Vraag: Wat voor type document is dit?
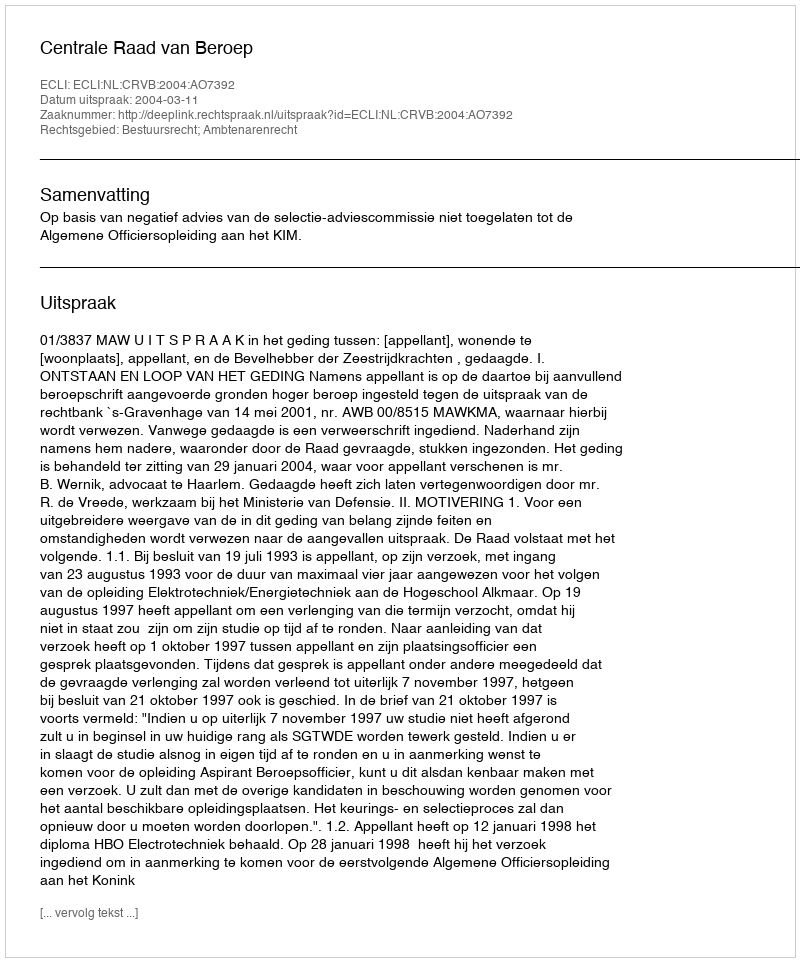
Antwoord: Uitspraak